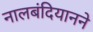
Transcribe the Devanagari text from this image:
नालबंदियानने